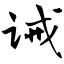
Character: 诫